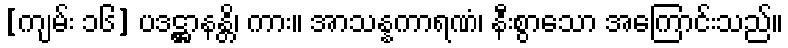
[ကျမ်း ၁၆] ပဒဋ္ဌာနန္တိ၊ ကား။ အာသန္နကာရဏံ၊ နီးစွာသော အကြောင်းသည်။